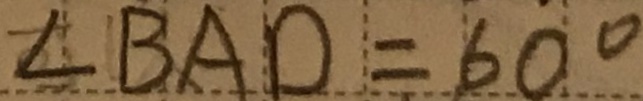
\angle B A D = 6 0 ^ { \circ }